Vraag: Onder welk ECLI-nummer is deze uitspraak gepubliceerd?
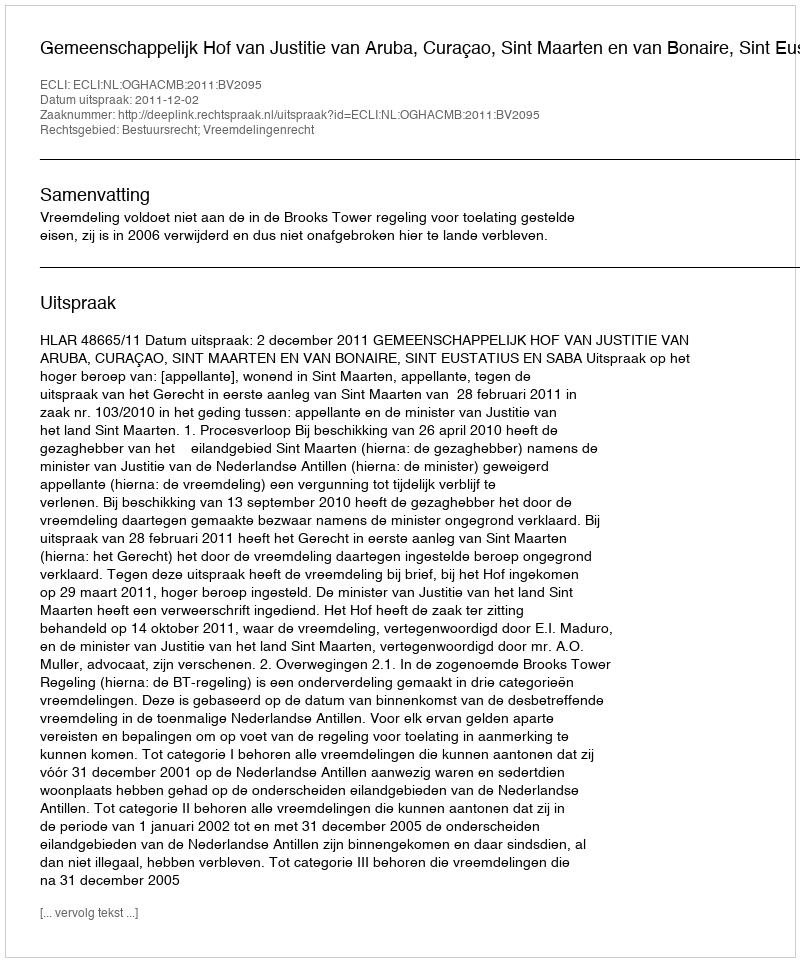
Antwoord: ECLI:NL:OGHACMB:2011:BV2095